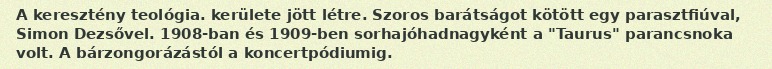
A keresztény teológia. kerülete jött létre. Szoros barátságot kötött egy parasztfiúval, Simon Dezsővel. 1908-ban és 1909-ben sorhajóhadnagyként a "Taurus" parancsnoka volt. A bárzongorázástól a koncertpódiumig.